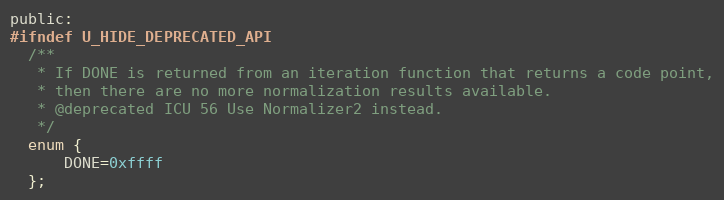
Language: C
public:
#ifndef U_HIDE_DEPRECATED_API
  /**
   * If DONE is returned from an iteration function that returns a code point,
   * then there are no more normalization results available.
   * @deprecated ICU 56 Use Normalizer2 instead.
   */
  enum {
      DONE=0xffff
  };